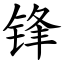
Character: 锋